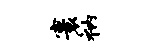
寰衲